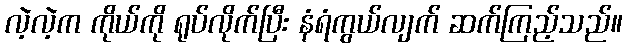
လဲ့လဲ့က ကိုယ်ကို ရုပ်လိုက်ပြီး နံရံကွယ်လျက် ဆက်ကြည့်သည်။